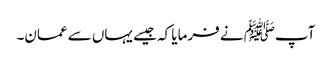
آپﷺ نے فرمایا کہ جیسے یہاں سے عمان۔